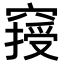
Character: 𥧿